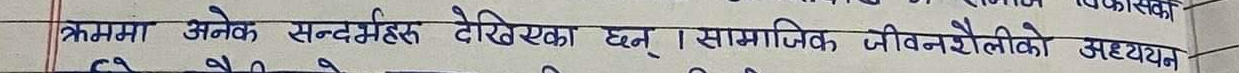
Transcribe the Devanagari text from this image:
क्रममा अनेक सन्दर्भहरू देखिएका छन्। सामाजिक जीवनशैलीको अध्ययन